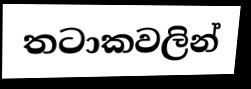
තටාකවලින්